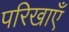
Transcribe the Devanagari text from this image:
परिखाएँ